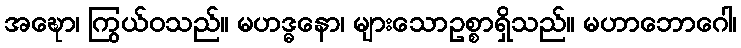
အဍ္ဎော၊ ကြွယ်ဝသည်။ မဟဒ္ဓနော၊ များသောဥစ္စာရှိသည်။ မဟာဘောဂေါ၊